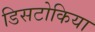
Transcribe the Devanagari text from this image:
डिसटोकिया